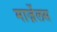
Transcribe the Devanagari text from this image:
मार्ज़ेलस